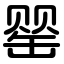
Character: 罂